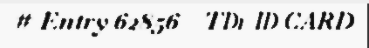
# Entry 62856 - TD1_ID_CARD